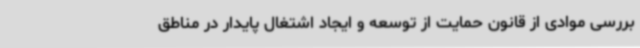
بررسی موادی از قانون حمایت از توسعه و ایجاد اشتغال پایدار در مناطق